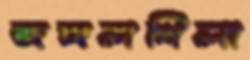
জঙ্গলখিলা